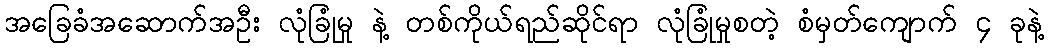
အခြေခံအဆောက်အဦး လုံခြုံမှု နဲ့ တစ်ကိုယ်ရည်ဆိုင်ရာ လုံခြုံမှုစတဲ့ စံမှတ်ကျောက် ၄ ခုနဲ့